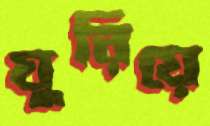
ঘুরিয়ে